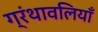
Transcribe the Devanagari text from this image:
ग्रंथावलियाँ